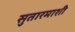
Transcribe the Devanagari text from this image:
सुतारमाशी